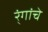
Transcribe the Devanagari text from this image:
र्ंगांचे